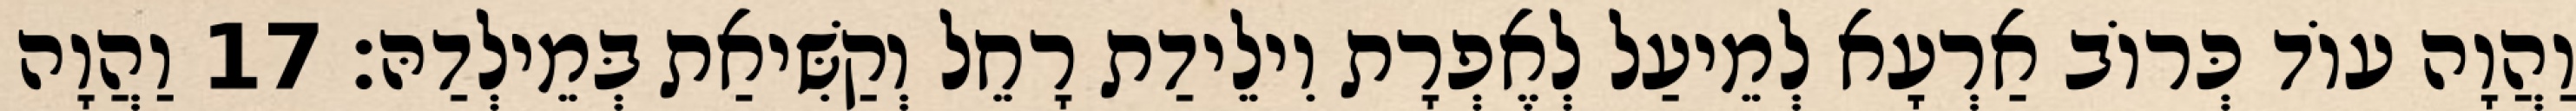
וַהֲוָה עוֹד כְּרוֹב אַרְעָא לְמֵיעַל לְאֶפְרָת וִילֵידַת רָחֵל וְקַשִּׁיאַת בְּמֵילְדַהּ׃ 17 וַהֲוָה